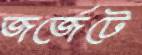
জর্জেটে